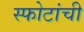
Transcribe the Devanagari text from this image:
स्फोटांची